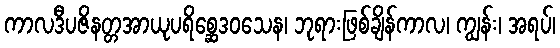
ကာလဒီပဇိနတ္တအာယုပရိစ္ဆေဒဝသေန၊ ဘုရားဖြစ်ချိန်ကာလ၊ ကျွန်း၊ အရပ်၊